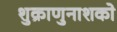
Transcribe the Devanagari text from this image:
शुक्राणुनाशको